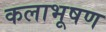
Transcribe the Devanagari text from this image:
कलाभूषण